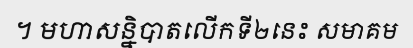
។ មហាសន្និបាតលើកទី២នេះ សមាគម